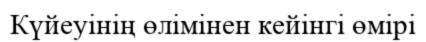
Күйеуінің өлімінен кейінгі өмірі